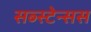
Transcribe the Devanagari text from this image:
सब्स्टेन्सस